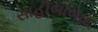
સાહીબાબાદ